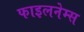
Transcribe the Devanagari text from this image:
फाइलनेम्स